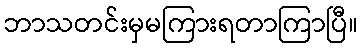
ဘာသတင်းမှမကြားရတာကြာပြီ။